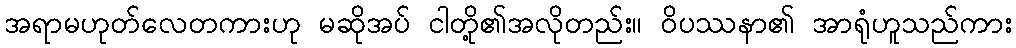
အရာမဟုတ်လေတကားဟု မဆိုအပ် ငါတို့၏အလိုတည်း။ ဝိပဿနာ၏ အာရုံဟူသည်ကား